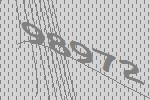
98972